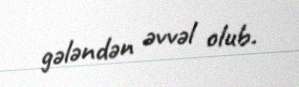
gələndən əvvəl olub.